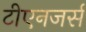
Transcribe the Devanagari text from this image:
टीएनजर्स